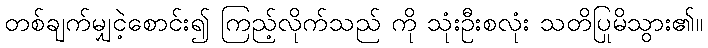
တစ်ချက်မျှငဲ့စောင်း၍ ကြည့်လိုက်သည် ကို သုံးဦးစလုံး သတိပြုမိသွား၏။